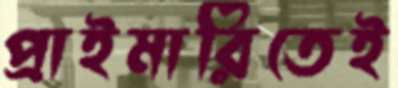
প্রাইমারিতেই